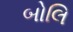
બોલિ